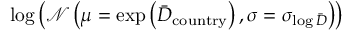
\log \left( \mathcal { N } \left( \mu = \exp \left( \bar { D } _ { \mathrm { c o u n t r y } } \right) , \sigma = \sigma _ { \log \bar { D } } \right) \right)